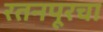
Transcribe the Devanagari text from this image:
रतनपूरचा